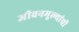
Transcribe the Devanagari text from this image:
जीवनमूल्यांची